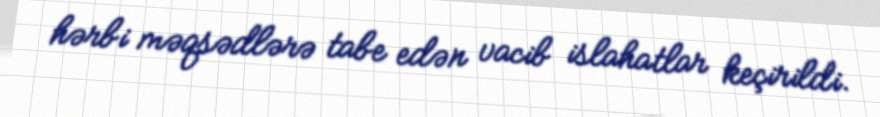
hərbi məqsədlərə tabe edən vacib islahatlar keçirildi.